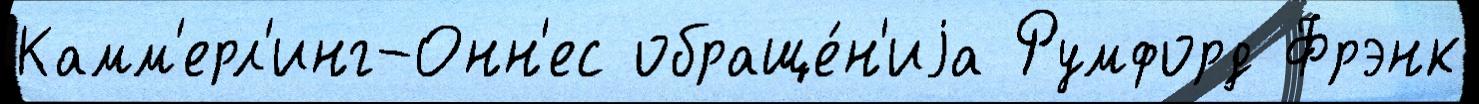
Камм'ерл'инг-Онн'ес обраще́н'иjа Румфорд Фрэнк